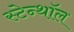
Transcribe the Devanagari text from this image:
स्टेन्थॉल